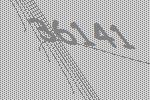
36141